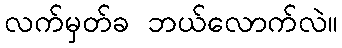
လက်မှတ်ခ ဘယ်လောက်လဲ။